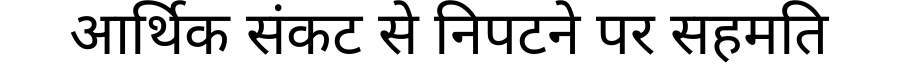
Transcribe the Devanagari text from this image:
आर्थिक संकट से निपटने पर सहमति